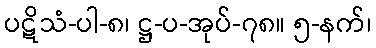
ပဋိသံ-ပါ-၈၊ ဋ္ဌ-ပ-အုပ်-၇၈။ ၅-နက်၊